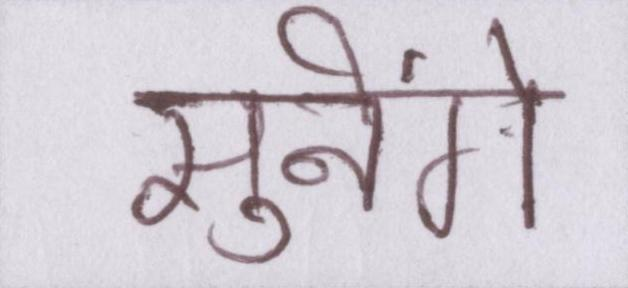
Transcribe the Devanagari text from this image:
सुनेंगे